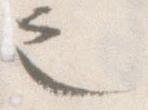
之